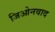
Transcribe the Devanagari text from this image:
जिओनवाद